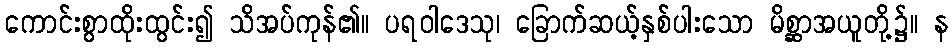
ကောင်းစွာထိုးထွင်း၍ သိအပ်ကုန်၏။ ပရဝါဒေသု၊ ခြောက်ဆယ့်နှစ်ပါးသော မိစ္ဆာအယူတို့၌။ န